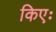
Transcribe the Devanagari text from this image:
किएः